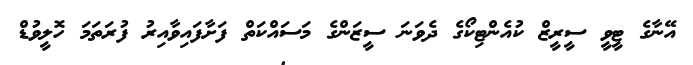
އޭނާގެ ޓީވީ ސީރީޒް ކުއެންޓިކޯގެ ދެވަނަ ސީޒަންގެ މަަސައްކަތް ފަށާފައިވާއިރު ފުރަތަމަ ހޮލީވުޑް